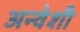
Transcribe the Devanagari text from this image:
अन्वेशी